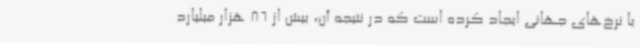
با نرخ‌های جهانی ایجاد کرده است که در نتیجه آن، بیش از 86 هزار میلیارد